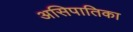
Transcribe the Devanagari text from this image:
असिपातिका